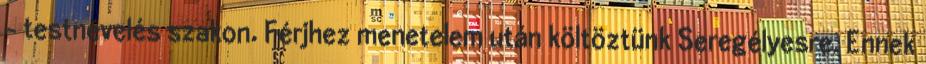
- testnevelés szakon. Férjhez menetelem után költöztünk Seregélyesre. Ennek